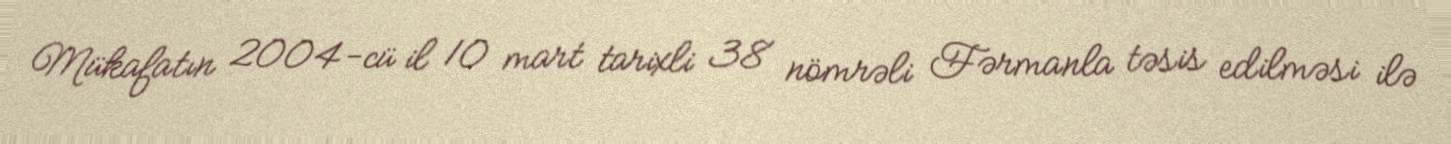
Mükafatın 2004-cü il 10 mart tarixli 38 nömrəli Fərmanla təsis edilməsi ilə